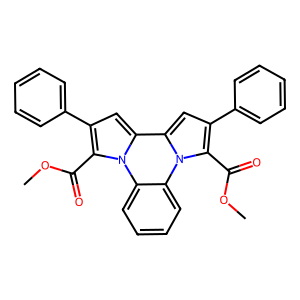
SMILES: COC(=O)c1c(-c2ccccc2)cc2c3cc(-c4ccccc4)c(C(=O)OC)n3c3ccccc3n12
Inhibits HIV replication: No